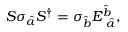
S \sigma _ { \hat { a } } S ^ { \dagger } = \sigma _ { \hat { b } } E _ { \mathrm { ~ } \hat { a } } ^ { \hat { b } } ,